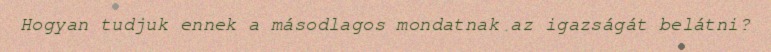
Hogyan tudjuk ennek a másodlagos mondatnak az igazságát belátni?